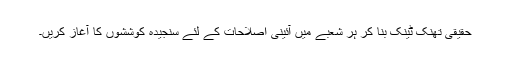
حقیقی تھنک ٹینک بنا کر ہر شعبے میں آئینی اصلاحات کے لئے سنجیدہ کوششوں کا آغاز کریں۔